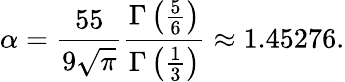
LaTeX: \alpha=\frac{55}{9\sqrt{\pi}}\frac{\Gamma\left(\frac{5}{6}\right)}{\Gamma\left(\frac{1}{3}\right)}\approx 1.45276.